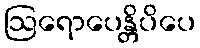
ဩရောပေန္တိပိပေ